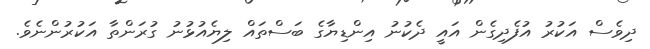
ދިވެސް އަކުރު އުފެދިގެން އައީ ދެކުނު އިންޑިޔާގެ ބަސްތައް ލިޔެއުޅުނު ގުރަންތާ އަކުރުންނެވެ.